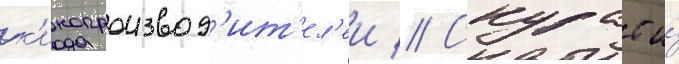
к'инопроизвод'ит'ел'еи // Скурас и́